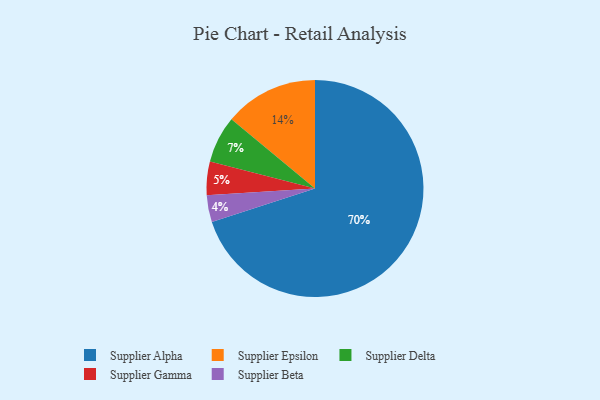
{"axis": {"x": "Category", "y": "Percentage"}, "legend": ["Supplier Alpha", "Supplier Beta", "Supplier Delta", "Supplier Epsilon", "Supplier Gamma"], "data": [{"x": "Supplier Delta", "y": 7, "type": "Supplier Delta"}, {"x": "Supplier Beta", "y": 4, "type": "Supplier Beta"}, {"x": "Supplier Epsilon", "y": 14, "type": "Supplier Epsilon"}, {"x": "Supplier Alpha", "y": 70, "type": "Supplier Alpha"}, {"x": "Supplier Gamma", "y": 5, "type": "Supplier Gamma"}]}